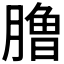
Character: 𰯐